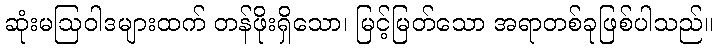
ဆုံးမဩဝါဒများထက် တန်ဖိုးရှိသော၊ မြင့်မြတ်သော အရာတစ်ခုဖြစ်ပါသည်။